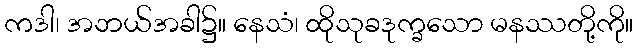
ကဒါ၊ အဘယ်အခါ၌။ နေသံ၊ ထိုသုခဒုက္ခသော မနဿတို့ကို။